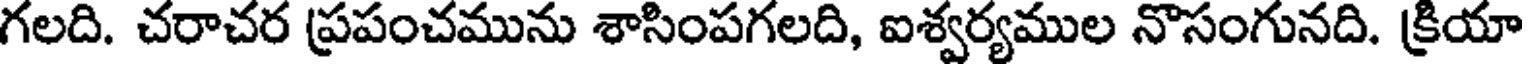
గలది. చరాచర ప్రపంచమును శాసింపగలది, ఐశ్వర్యముల నొసంగునది. క్రియా